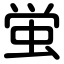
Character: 蛍